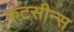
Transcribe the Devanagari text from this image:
कटसीन्स